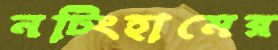
নটিংহামের